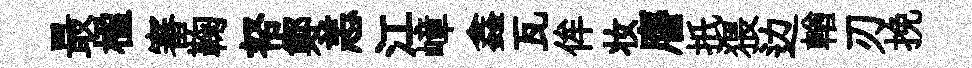
最楹審鞠帑鄭恙江嶂鑫瓦侔妆譍扺猥边輶刃挽